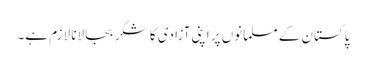
پاکستان کے مسلمانوں پر اپنی آزادی کا شکر بجا لانا لازم ہے۔